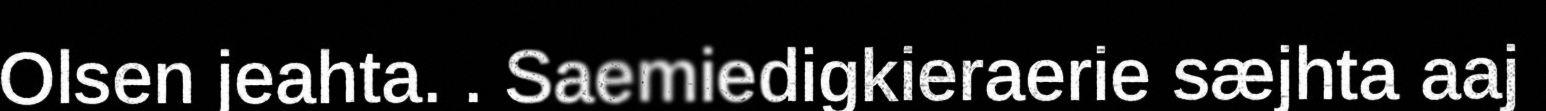
Olsen jeahta. . Saemiedigkieraerie sæjhta aaj